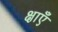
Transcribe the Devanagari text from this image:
क्षाएँ